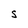
Character: S